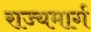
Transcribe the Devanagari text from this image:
राज्‍यमार्ग